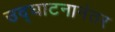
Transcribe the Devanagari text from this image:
उद्‌घाटनानंतर